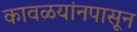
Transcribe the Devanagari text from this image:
कावळयांनपासून